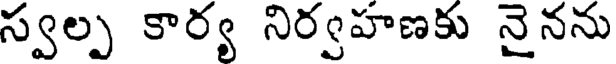
స్వల్ప కార్య నిర్వహణకు నైనను